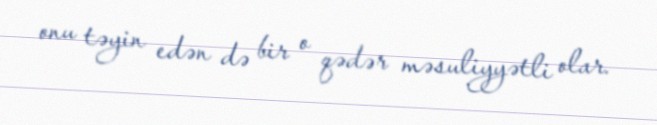
onu təyin edən də bir o qədər məsuliyyətli olar.